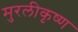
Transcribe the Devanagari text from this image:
मुरलीकृष्ण